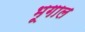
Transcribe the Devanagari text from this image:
भूगाल